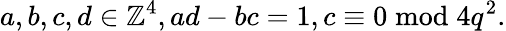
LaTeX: a,b,c,d\in\mathbb{Z}^{4},ad-bc=1,c\equiv 0{\bmod{4}}q^{2}.